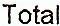
TOTAL